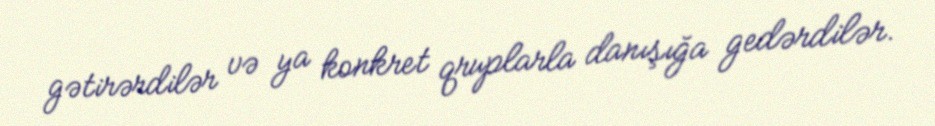
gətirərdilər və ya konkret qruplarla danışığa gedərdilər.